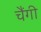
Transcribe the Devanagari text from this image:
चैंगी